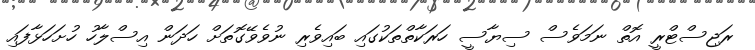
ރަޖިސްޓްރީ އޮތް ނަމަވެސް ސިޔާސީ ހަރަކާތްތަކުގައި ބައިވެރި ނުވެވޭގޮތަށް ހަދަން އިސްލާހު ހުށަހަޅާފައި